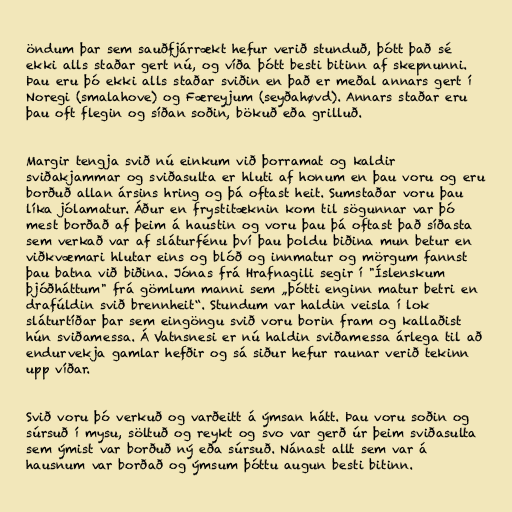
öndum þar sem sauðfjárrækt hefur verið stunduð, þótt það sé
ekki alls staðar gert nú, og víða þótt besti bitinn af skepnunni.
Þau eru þó ekki alls staðar sviðin en það er meðal annars gert í
Noregi (smalahove) og Færeyjum (seyðahøvd). Annars staðar eru
þau oft flegin og síðan soðin, bökuð eða grilluð.

Margir tengja svið nú einkum við þorramat og kaldir
sviðakjammar og sviðasulta er hluti af honum en þau voru og eru
borðuð allan ársins hring og þá oftast heit. Sumstaðar voru þau
líka jólamatur. Áður en frystitæknin kom til sögunnar var þó
mest borðað af þeim á haustin og voru þau þá oftast það síðasta
sem verkað var af sláturfénu því þau þoldu biðina mun betur en
viðkvæmari hlutar eins og blóð og innmatur og mörgum fannst
þau batna við biðina. Jónas frá Hrafnagili segir í "Íslenskum
þjóðháttum" frá gömlum manni sem „þótti enginn matur betri en
drafúldin svið brennheit“. Stundum var haldin veisla í lok
sláturtíðar þar sem eingöngu svið voru borin fram og kallaðist
hún sviðamessa. Á Vatnsnesi er nú haldin sviðamessa árlega til að
endurvekja gamlar hefðir og sá siður hefur raunar verið tekinn
upp víðar.

Svið voru þó verkuð og varðeitt á ýmsan hátt. Þau voru soðin og
súrsuð í mysu, söltuð og reykt og svo var gerð úr þeim sviðasulta
sem ýmist var borðuð ný eða súrsuð. Nánast allt sem var á
hausnum var borðað og ýmsum þóttu augun besti bitinn.